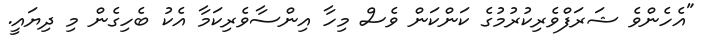
"އެހެންވެ ޝަރަފްވެރިކުރުމުގެ ކަންކަން ވެސް މިހާ އިންސާވެރިކަމާ އެކު ބެހިގެން މި ދިޔައީ.